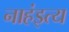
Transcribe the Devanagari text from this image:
नाहंइत्य